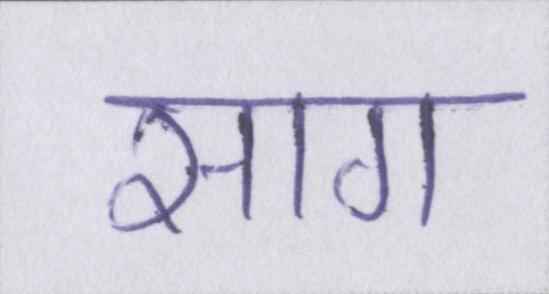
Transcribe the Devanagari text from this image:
साग